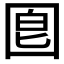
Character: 𡇠